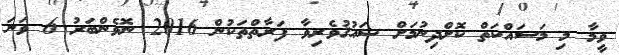
ވީމާ މި މަސައްކަތް ކޮށްދިނުމަށް ޝައުޤުވެރިވާ ފަރާތްތަކުން 2016 ނޮވެންބަރު 6 ވަނަ